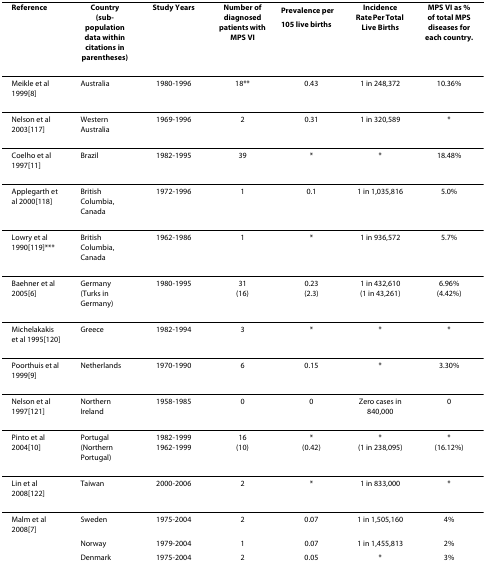
| Reference | Country(sub-population data within citations in parentheses) | Study Years | Number of diagnosed patients with MPS VI | Prevalence per 105 live births | Incidence Rate Per Total Live Births | MPS VI as % of total MPS diseases for each country. |
 | --- | --- | --- | --- | --- | --- | --- |
 | Meikle et al 1999[8] | Australia | 1980-1996 | 18** | 0.43 | 1 in 248,372 | 10.36% |
 | Nelson et al 2003[117] | Western Australia | 1969-1996 | 2 | 0.31 | 1 in 320,589 | * |
 | Coelho et al 1997[11] | Brazil | 1982-1995 | 39 | * | * | 18.48% |
 | Applegarth et al 2000[118] | British Columbia, Canada | 1972-1996 | 1 | 0.1 | 1 in 1,035,816 | 5.0% |
 | Lowry et al 1990[119]*** | British Columbia, Canada | 1962-1986 | 1 | * | 1 in 936,572 | 5.7% |
 | Baehner et al 2005[6] | Germany(Turks in Germany) | 1980-1995 | 31(16) | 0.23(2.3) | 1 in 432,610(1 in 43,261) | 6.96%(4.42%) |
 | Michelakakis et al 1995[120] | Greece | 1982-1994 | 3 | * | * | * |
 | Poorthuis et al 1999[9] | Netherlands | 1970-1990 | 6 | 0.15 | * | 3.30% |
 | Nelson et al 1997[121] | Northern Ireland | 1958-1985 | 0 | 0 | Zero cases in 840,000 | 0 |
 | Pinto et al 2004[10] | Portugal(Northern Portugal) | 1982-19991962-1999 | 16(10) | *(0.42) | *(1 in 238,095) | *(16.12%) |
 | Lin et al 2008[122] | Taiwan | 2000-2006 | 2 | * | 1 in 833,000 | * |
 | Malm et al 2008[7] | Sweden | 1975-2004 | 2 | 0.07 | 1 in 1,505,160 | 4% |
 |  | Norway | 1979-2004 | 1 | 0.07 | 1 in 1,455,813 | 2% |
 |  | Denmark | 1975-2004 | 2 | 0.05 | * | 3% |